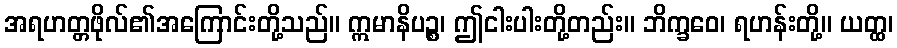
အရဟတ္တဖိုလ်၏အကြောင်းတို့သည်။ ဣမာနိပဉ္စ၊ ဤငါးပါးတို့တည်း။ ဘိက္ခဝေ၊ ရဟန်းတို့။ ယတ္ထ၊